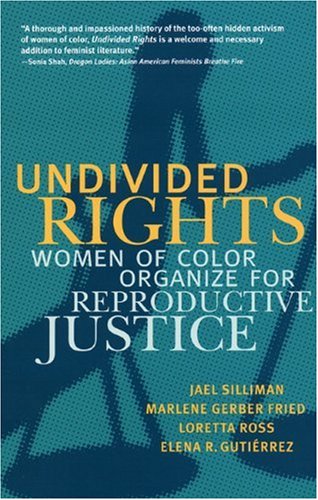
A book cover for Undivided Rights: Women of Color Organizing for Reproductive Justice; Jael Silliman; Gay & Lesbian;